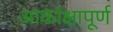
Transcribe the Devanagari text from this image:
आकांक्षापूर्ण